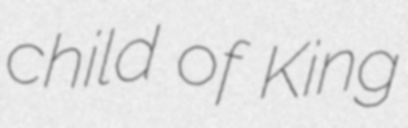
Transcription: child of King